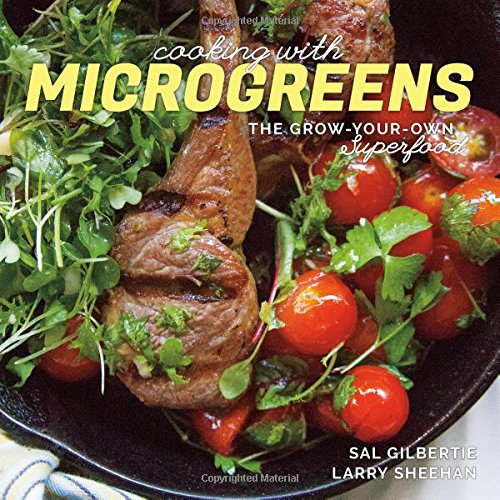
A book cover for Cooking with Microgreens: The Grow-Your-Own Superfood; Sal Gilbertie; Health, Fitness & Dieting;